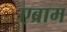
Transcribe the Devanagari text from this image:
एब्राम